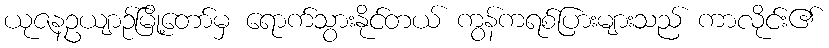
ယုဇနဥယျာဉ်မြို့တော်မှ ရောက်သွားနိုင်တယ် ကွန်ကရစ်ပြားများသည် ကာလိုင်း၏